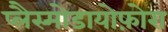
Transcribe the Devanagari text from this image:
प्लैस्मोडायोफ़ोरा